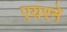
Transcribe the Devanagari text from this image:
एयरने